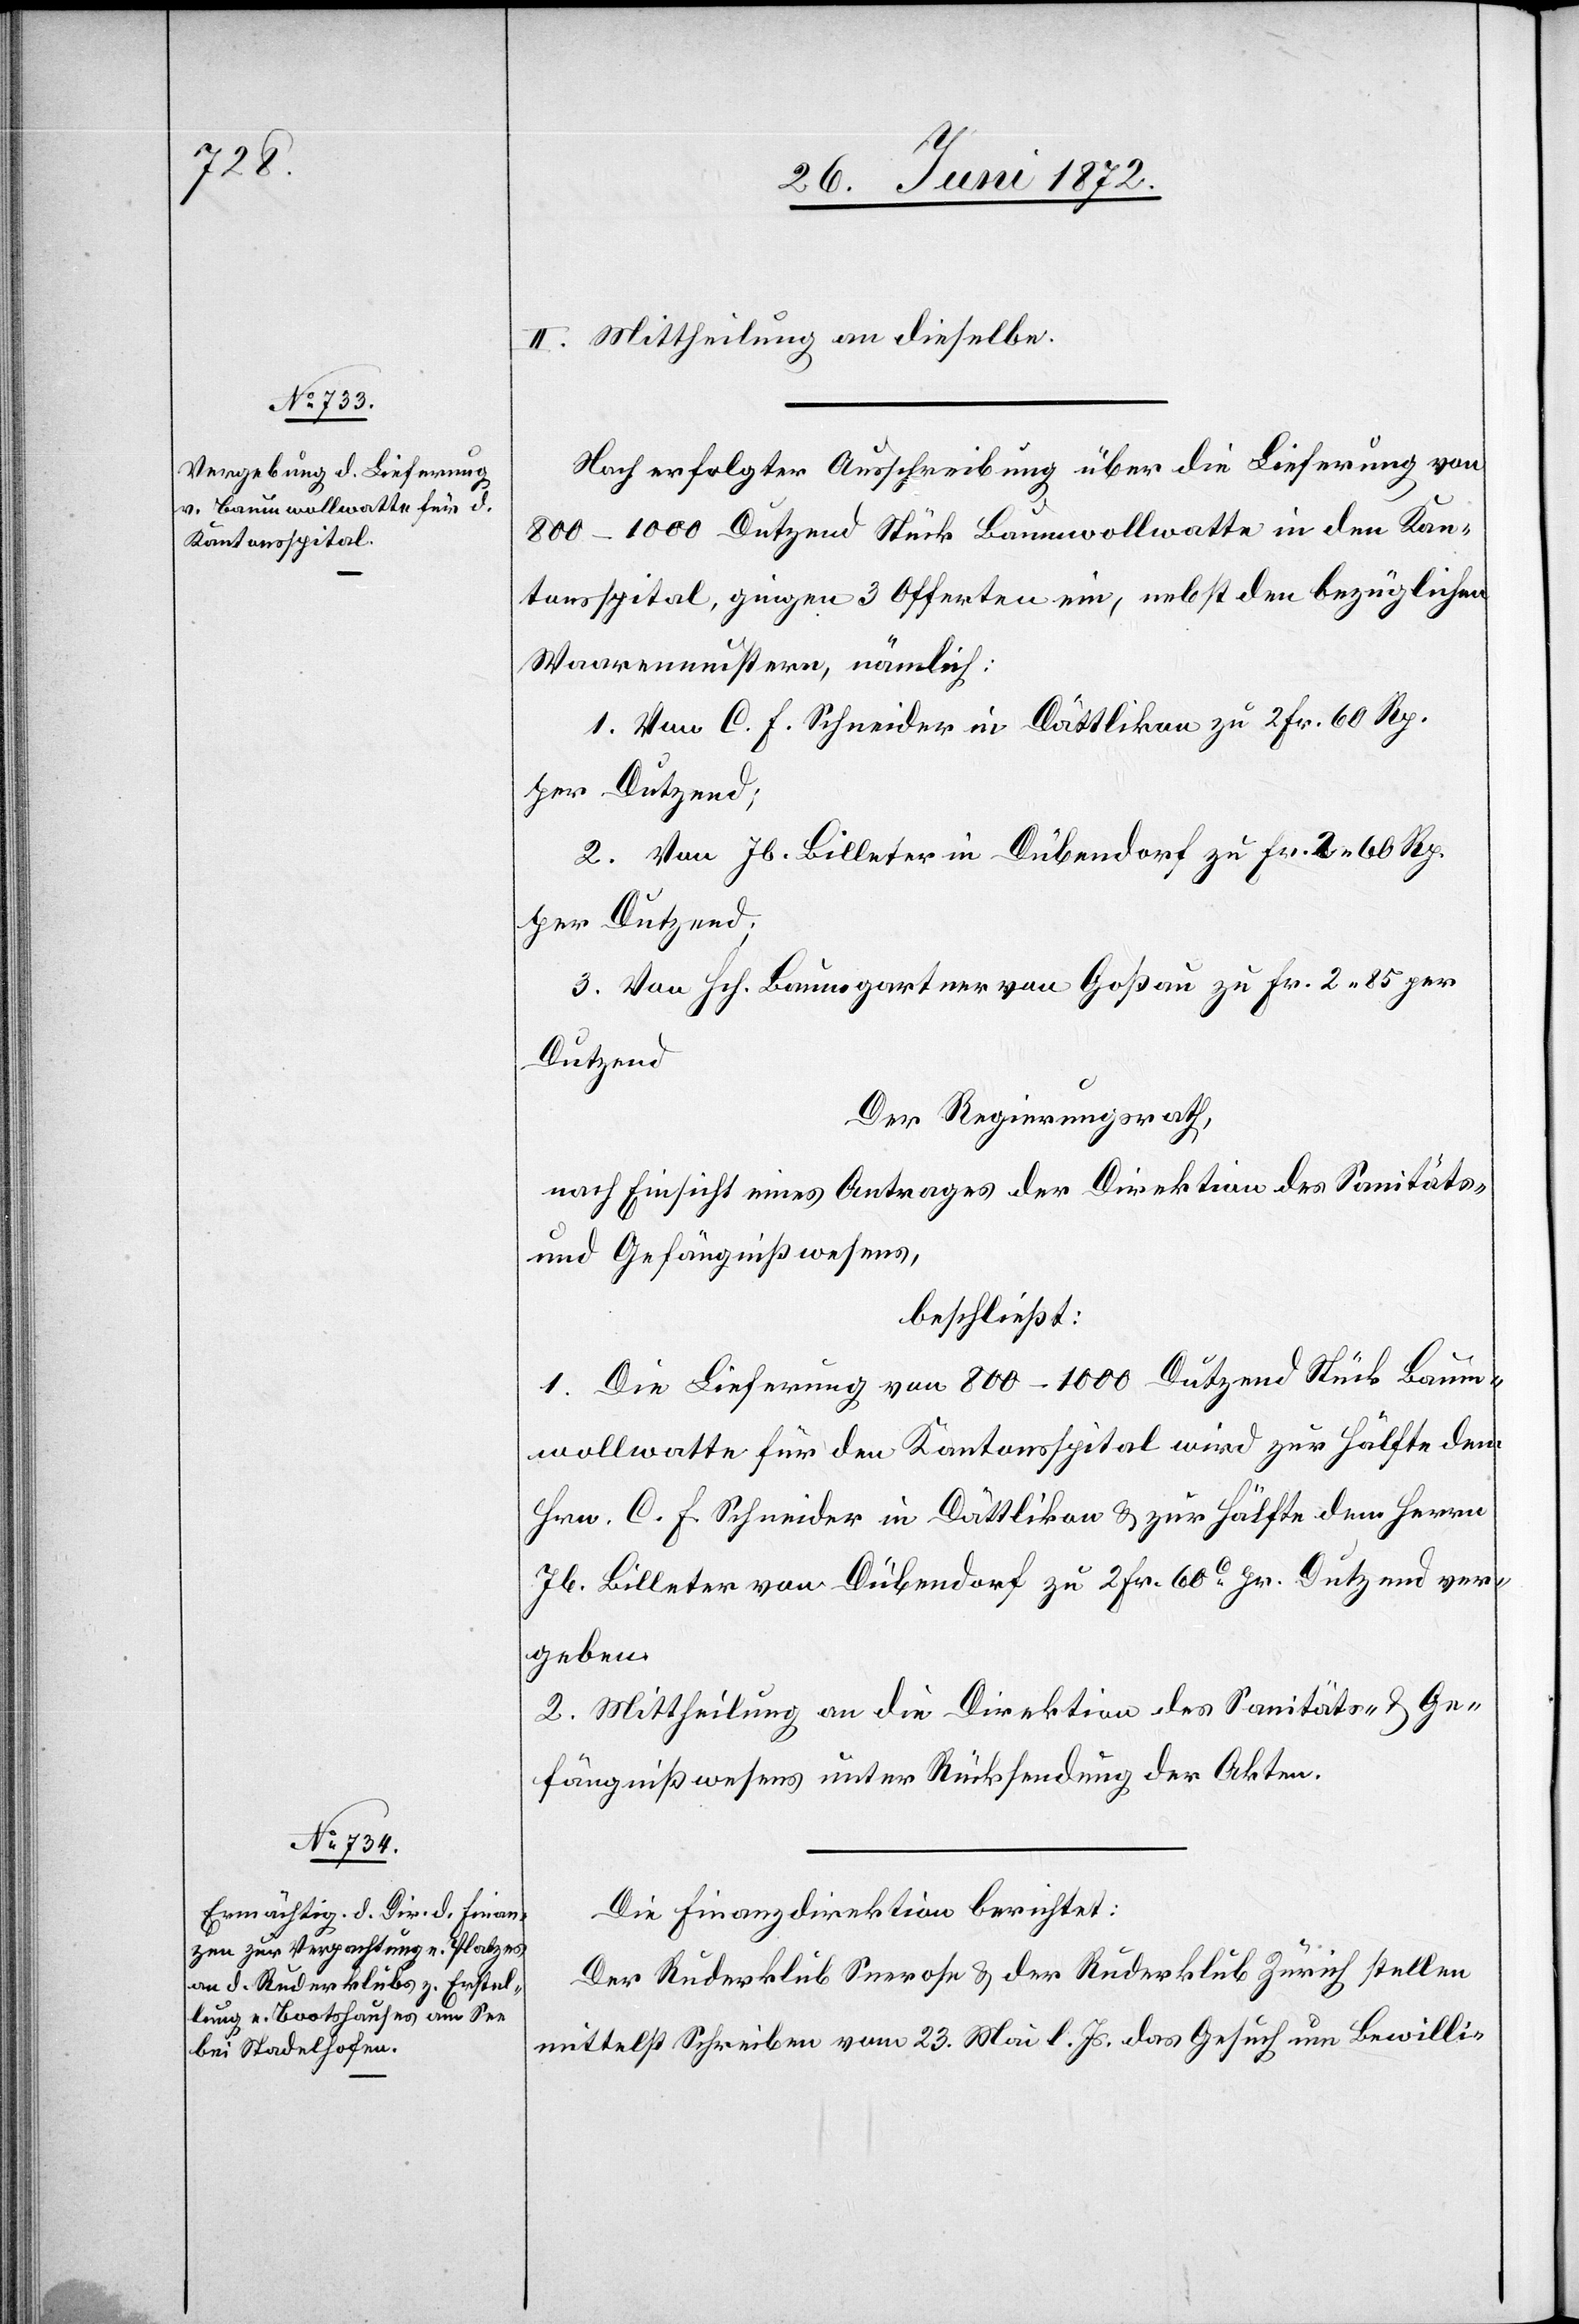
II. Mittheilung an dieselbe.
Nach erfolgter Ausschreibung über die Lieferung von
800–1000 Dutzend Stück Baumwollwatte in den Kan¬
tonsspital, gingen 3 Offerten ein, nebst den bezüglichen
Waarenmustern, nämlich:
1. Von C. F. Schneider in Dättlikon zu 2 Fr. 60 Rp.
per Dutzend;
2. Von Jb. Billeter in Dübendorf zu Fr. 2 60 Rp.
per Dutzend;
3. Von Hch. Baumgartner von Goßau zu Fr. 2 85 per
Der Regierungsrath,
nach Einsicht eines Antrages der Direktion des Sanitäts-
und Gefängnißwesens,
beschließt:
1. Die Lieferung von 800–1000 Dutzend Stück Baum¬
wollwatte für den Kantonsspital wird zur Hälfte dem
Hrn. C. F. Schneider in Dättlikon u. zur Hälfte dem Herrn
Jb. Billeter von Dübendorf zu 2 Fr. 60C pr. Dutzend ver¬
geben.
2. Mittheilung an die Direktion des Sanitäts- u. Ge¬
fängnißwesens unter Rücksendung der Akten.
Die Finanzdirektion berichtet:
Der Ruderklub Seerose u. der Ruderklub Zürich stellen
mittelst Schreiben vom 23. Mai l. Js. das Gesuch um Bewilli-